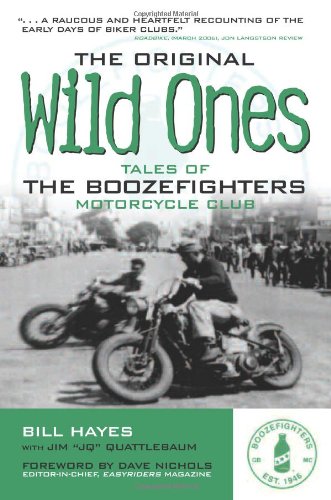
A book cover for The Original Wild Ones: Tales of the Boozefighters Motorcycle Club; Bill Hayes; Engineering & Transportation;